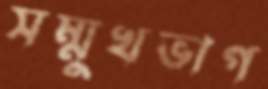
সম্মুখভাগ